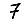
Digit: 7